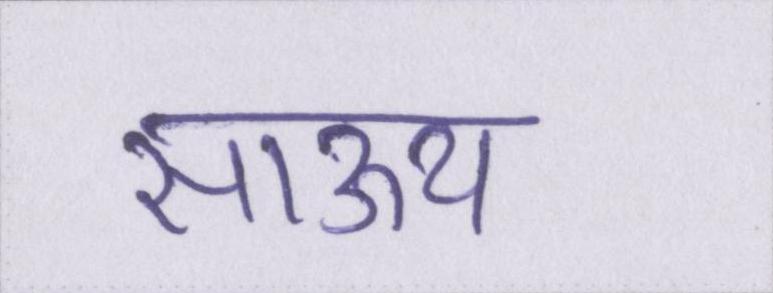
साऊथ